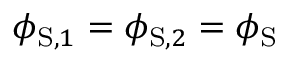
\phi _ { \mathrm { S } , 1 } = \phi _ { \mathrm { S } , 2 } = \phi _ { \mathrm { S } }